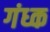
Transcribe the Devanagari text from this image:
गंध्क